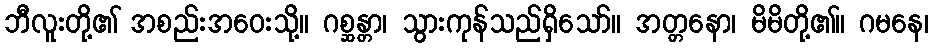
ဘီလူးတို့၏ အစည်းအဝေးသို့။ ဂစ္ဆန္တာ၊ သွားကုန်သည်ရှိသော်။ အတ္တနော၊ မိမိတို့၏။ ဂမနေ၊